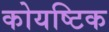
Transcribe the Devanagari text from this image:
कोयष्टिक